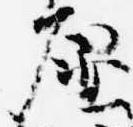
原